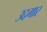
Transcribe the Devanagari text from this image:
उद्दगार